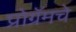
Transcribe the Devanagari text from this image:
प्रोग्रॅमचे